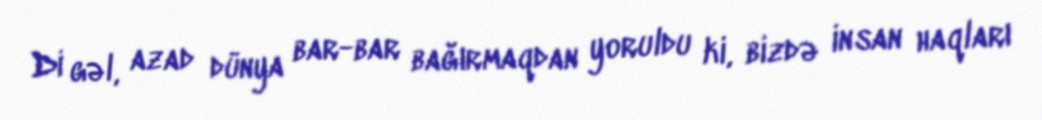
Di gəl, azad dünya bar-bar bağırmaqdan yoruldu ki, bizdə insan haqları